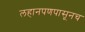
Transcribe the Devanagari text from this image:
लहानपणपासूनच